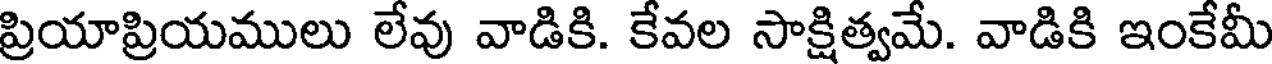
ప్రియాప్రియములు లేవు వాడికి. కేవల సాక్షిత్వమే. వాడికి ఇంకేమీ